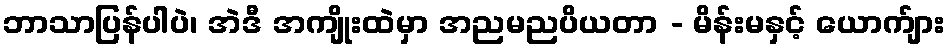
ဘာသာပြန်ပါပဲ၊ အဲဒီ အကျိုးထဲမှာ အညမညပိယတာ - မိန်းမနှင့် ယောက်ျား